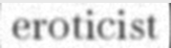
eroticist